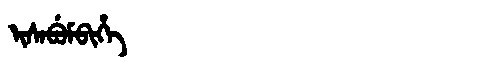
Manchu: ᡳᠰᠠᠪᡠᠮᠪᡳᡥᡝ
Romanization: ISABUMBIHE